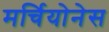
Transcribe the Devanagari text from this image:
मर्चियोनेस